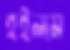
হইলাম